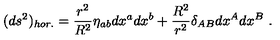
( d s ^ { 2 } ) _ { h o r . } = \frac { r ^ { 2 } } { R ^ { 2 } } \eta _ { a b } d x ^ { a } d x ^ { b } + \frac { R ^ { 2 } } { r ^ { 2 } } \delta _ { A B } d x ^ { A } d x ^ { B } \ .